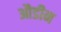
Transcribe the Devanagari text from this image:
औडीन